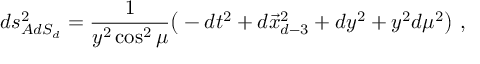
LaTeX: d s _ { A d S _ { d } } ^ { 2 } = { \frac { 1 } { y ^ { 2 } \cos ^ { 2 } \mu } } \big ( - d t ^ { 2 } + d \vec { x } _ { d - 3 } ^ { 2 } + d y ^ { 2 } + y ^ { 2 } d \mu ^ { 2 } \big ) \ ,